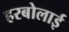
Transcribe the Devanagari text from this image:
हरबोलाई